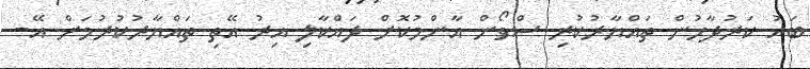
ބައު ކަރުދާހުން ތައްޔާރުކުރި ސްވޯން އާންމުކޮށް ދައްކާލި އިރު އޭތި ތައްޔާރުކުރުމަށް އޭ-